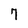
Character: 7